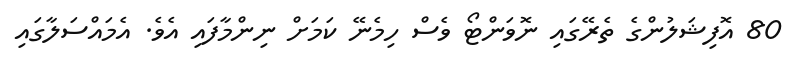
80 އޮފިޝަލުންގެ ތެރޭގައި ނޮވަންޓޯ ވެސް ހިމެނޭ ކަމަށް ނިންމާފައި އެވެ. އެމައްސަލާގައި